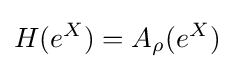
\displaystyle H(e^{X})=A_{\rho }(e^{X})